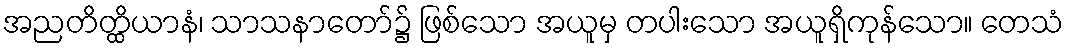
အညတိတ္ထိယာနံ၊ သာသနာတော်၌ ဖြစ်သော အယူမှ တပါးသော အယူရှိကုန်သော။ တေသံ